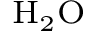
_ \mathrm { H _ { 2 } O }